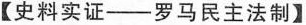
【史料实证--罗马民主法制】